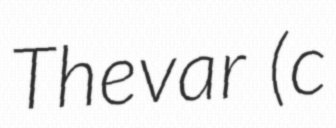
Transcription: Thevar (c